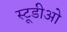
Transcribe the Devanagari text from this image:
स्टूडीओ